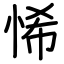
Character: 悕